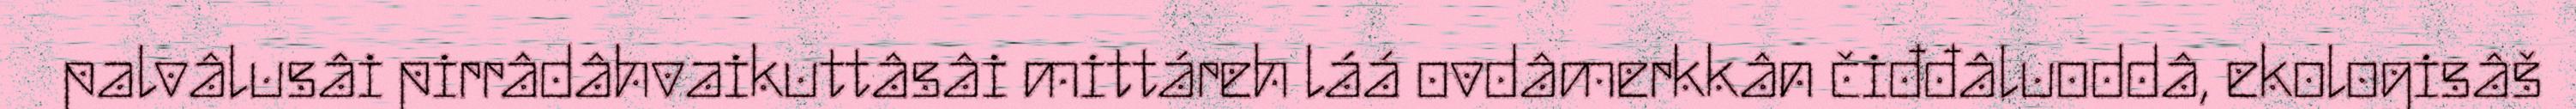
palvâlusâi pirrâdâhvaikuttâsâi mittáreh láá ovdâmerkkân čiđđâluoddâ, ekologisâš